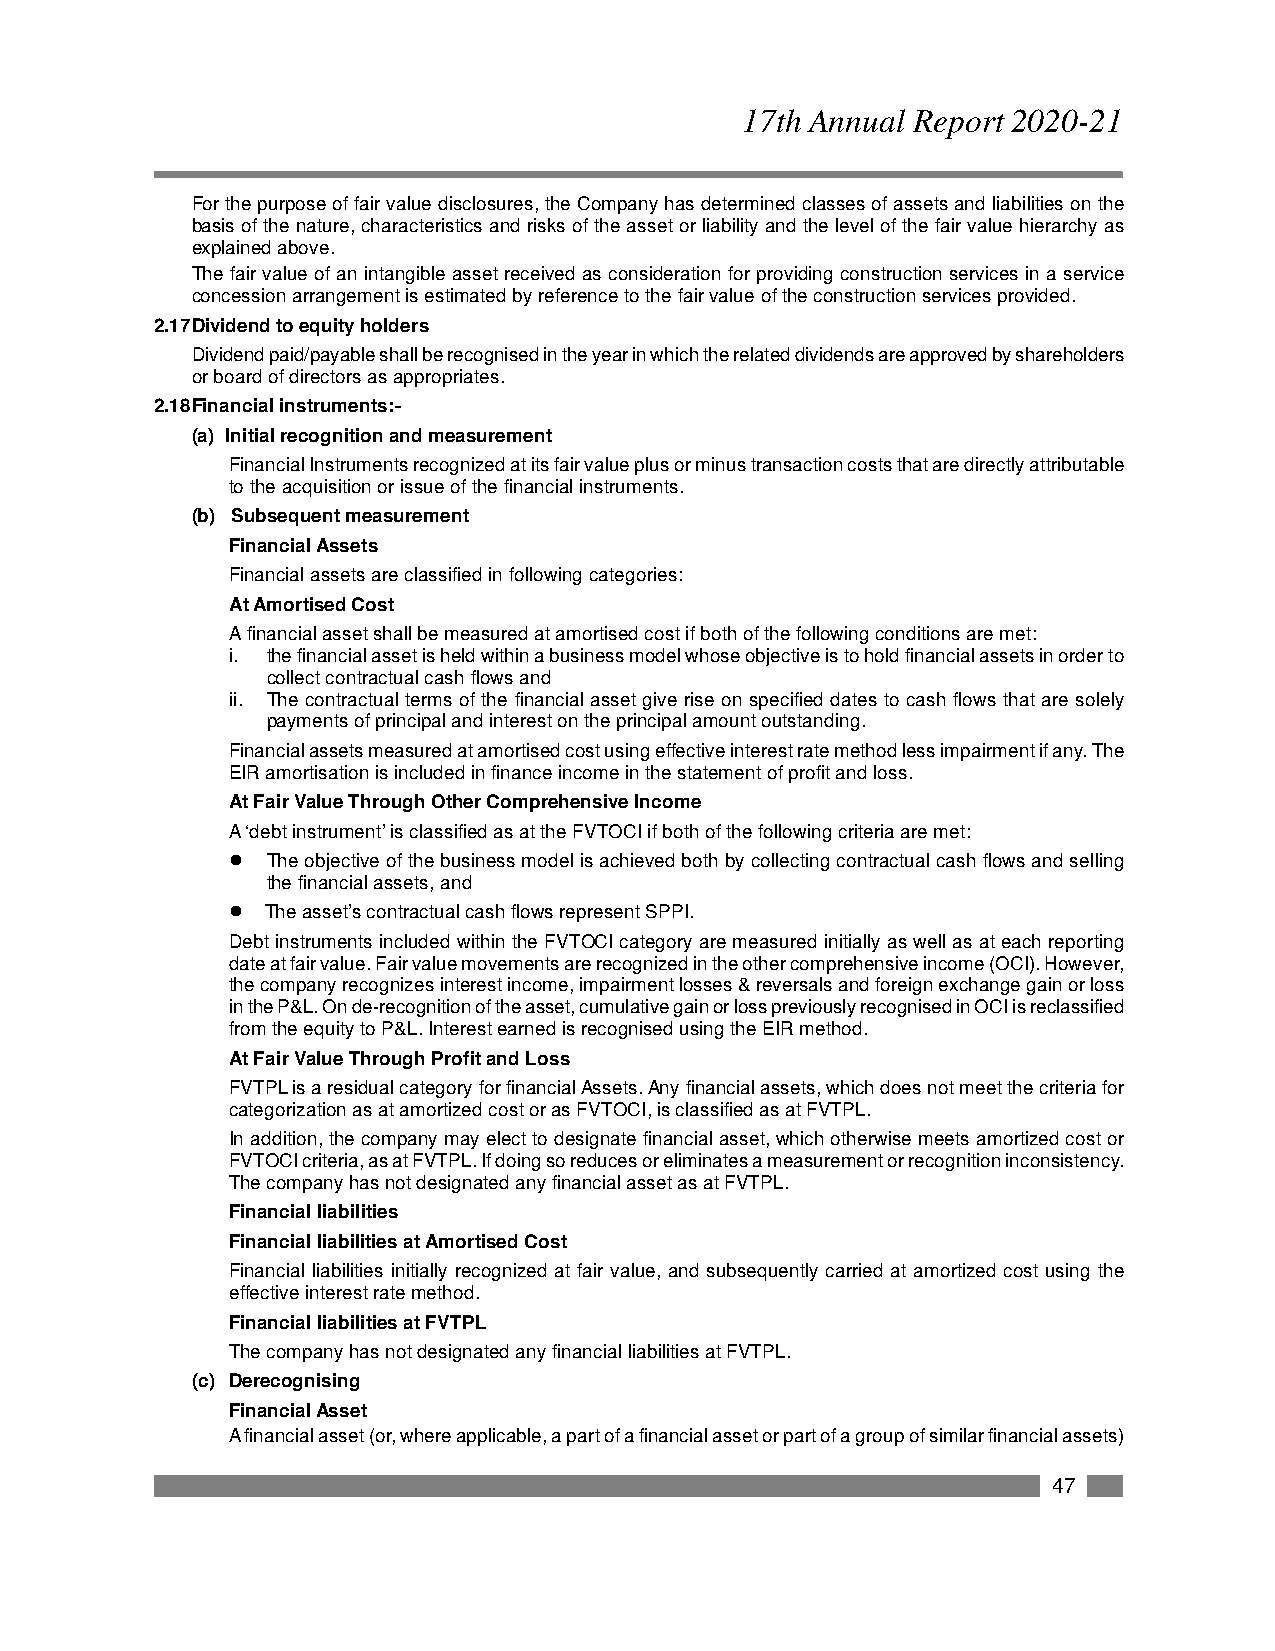
17th Annual Report 2020-21
 For the purpose of fair value disclosures, the Company has determined classes of assets and liabilities on the
 basis of the nature, characteristics and risks of the asset or liability and the level of the fair value hierarchy as
 explained above.
 The fair value of an intangible asset received as consideration for providing construction services in a service
 concession arrangement is estimated by reference to the fair value of the construction services provided.
 2.17Dividend to equity holders
 Dividend paid/payable shall be recognised in the year in which the related dividends are approved by shareholders
 or board of directors as appropriates.
 2.18Financial instruments:-
 (a) Initial recognition and measurement
 Financial Instruments recognized at its fair value plus or minus transaction costs that are directly attributable
 to the acquisition or issue of the financial instruments.
 (b) Subsequent measurement
 Financial Assets
 Financial assets are classified in following categories:
 At Amortised Cost
 A financial asset shall be measured at amortised cost if both of the following conditions are met:
 i. the financial asset is held within a business model whose objective is to hold financial assets in order to
 collect contractual cash flows and
 ii. The contractual terms of the financial asset give rise on specified dates to cash flows that are solely
 payments of principal and interest on the principal amount outstanding.
 Financial assets measured at amortised cost using effective interest rate method less impairment if any. The
 EIR amortisation is included in finance income in the statement of profit and loss.
 At Fair Value Through Other Comprehensive Income
 A ‘debt instrument’ is classified as at the FVTOCI if both of the following criteria are met:
 l  The objective of the business model is achieved both by collecting contractual cash flows and selling
 the financial assets, and
 l  The asset’s contractual cash flows represent SPPI.
 Debt instruments included within the FVTOCI category are measured initially as well as at each reporting
 date at fair value. Fair value movements are recognized in the other comprehensive income (OCI). However,
 the company recognizes interest income, impairment losses & reversals and foreign exchange gain or loss
 in the P&L. On de-recognition of the asset, cumulative gain or loss previously recognised in OCI is reclassified
 from the equity to P&L. Interest earned is recognised using the EIR method.
 At Fair Value Through Profit and Loss
 FVTPL is a residual category for financial Assets. Any financial assets, which does not meet the criteria for
 categorization as at amortized cost or as FVTOCI, is classified as at FVTPL.
 In addition, the company may elect to designate financial asset, which otherwise meets amortized cost or
 FVTOCI criteria, as at FVTPL. If doing so reduces or eliminates a measurement or recognition inconsistency.
 The company has not designated any financial asset as at FVTPL.
 Financial liabilities
 Financial liabilities at Amortised Cost
 Financial liabilities initially recognized at fair value, and subsequently carried at amortized cost using the
 effective interest rate method.
 Financial liabilities at FVTPL
 The company has not designated any financial liabilities at FVTPL.
 (c) Derecognising
 Financial Asset
 A financial asset (or, where applicable, a part of a financial asset or part of a group of similar financial assets)
 47